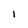
Character: I